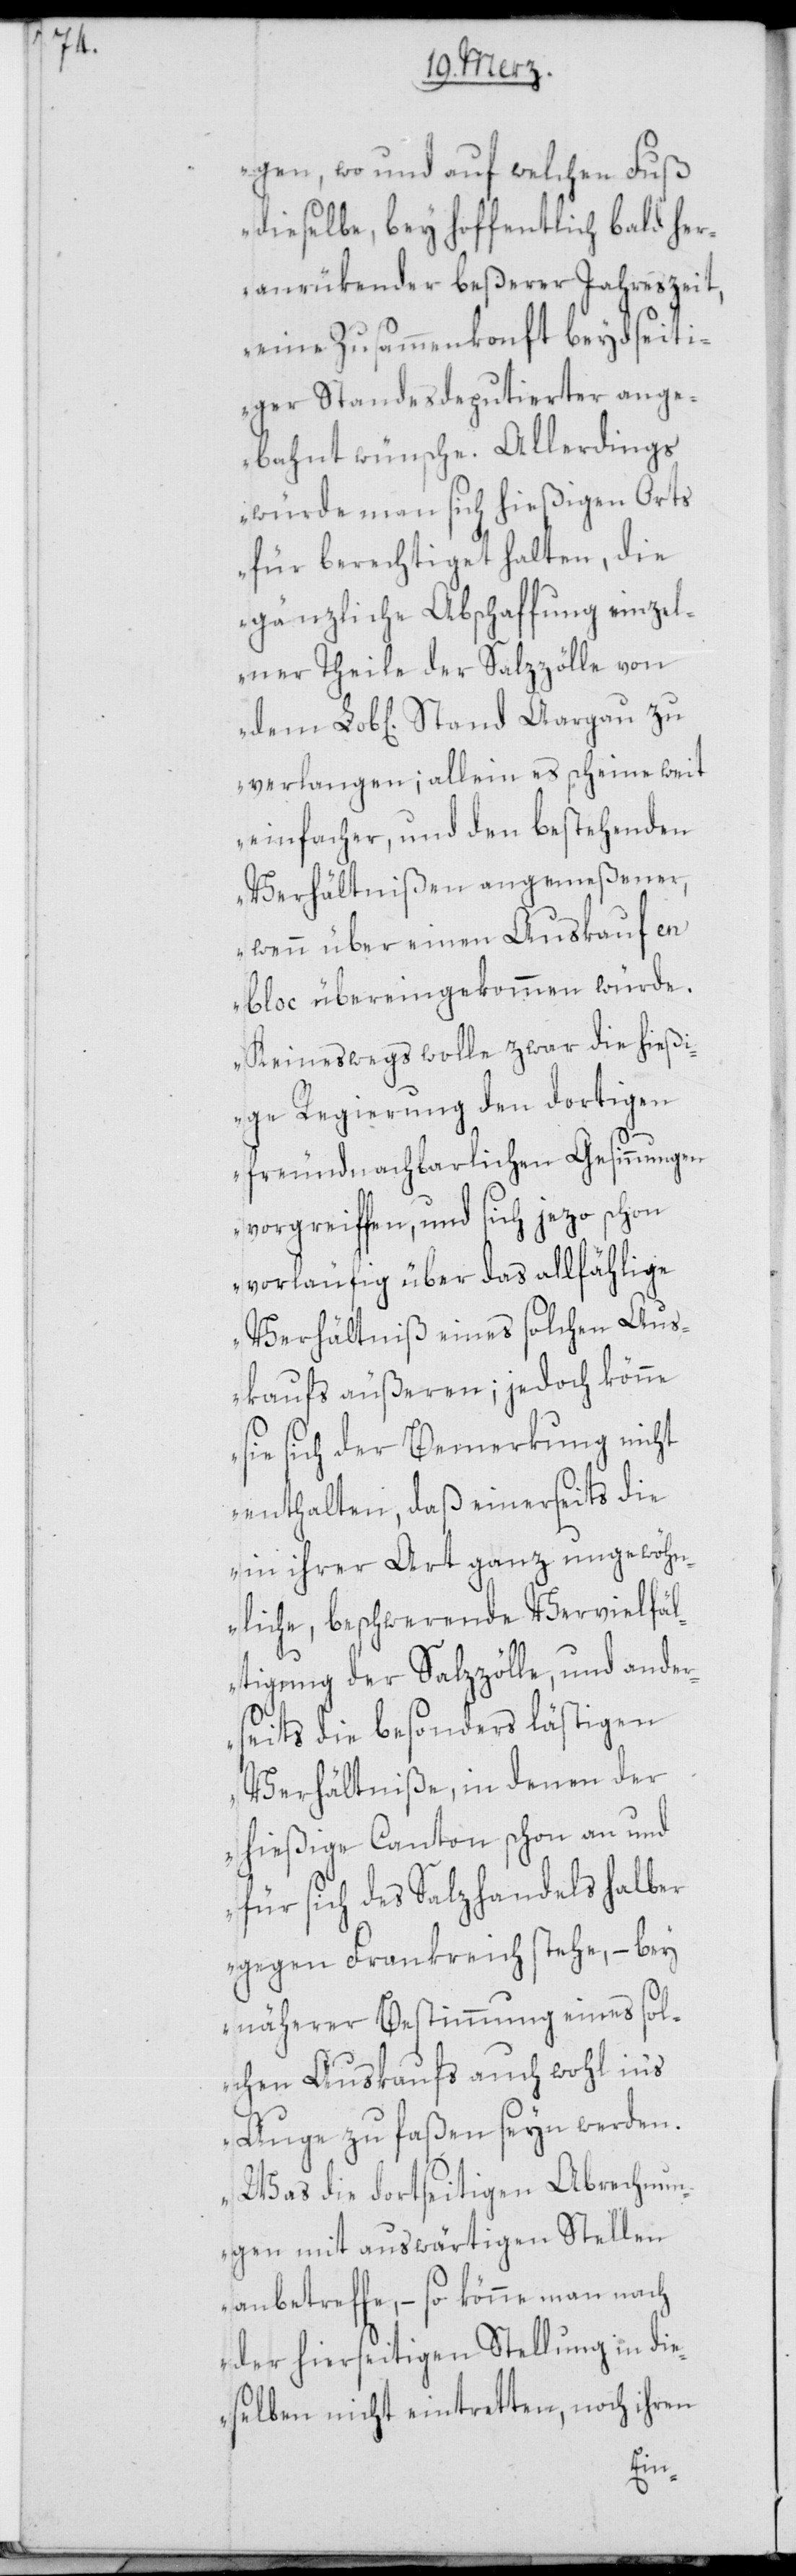
gen, wo und auf welchen Fuß
dieselbe, bey hoffentlich bald her¬
anrükender beßerer Jahreszeit,
eine Zusammenkonft beydseiti¬
ger Standesdeputierter ange¬
bahnt wünsche. Allerdings
würde man sich hießigen Orts
für berechtiget halten, die
gänzliche Abschaffung einzel¬
ner Theile der Salzzölle von
verlangen; allein es scheine weit
einfacher, und den bestehenden
Verhältnißen angemeßener,
wenn über einen Auskauf en
bloc übereingekommen würde.
Keineswegs wolle zwar die hießi¬
ge Regierung den dortigen
freundnachbarlichen Gesinnungen
vorgreiffen, und sich jezo schon
vorläufig über das allfählige
Verhältniß eines solchen Aus¬
kaufs äußeren; jedoch könne
sie sich der Bemerkung nicht
enthalten, daß einerseits die
in ihrer Art ganz ungewöhn¬
liche, beschwerende Vervielfäl¬
tigung der Salzzölle, und ander¬
seits die besonders lästigen
Verhältniße, in denen der
hießige Canton schon an und
für sich des Salzhandels halber
gegen Frankreich stehe, – bey
näherer Bestimmung eines sol¬
chen Auskaufs auch wohl in's
Auge zu faßen seyn werden.
Was die dortseitigen Abrechnun¬
gen mit auswärtigen Stellen
anbetreffe, – so könne man nach
der hierseitigen Stellung in die¬
selben nicht eintretten, noch ihren